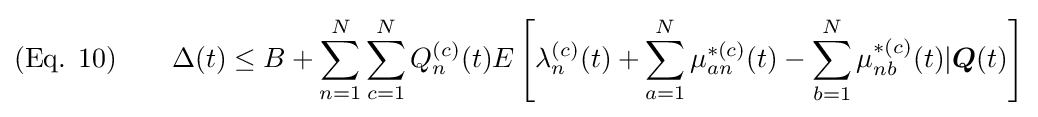
{\text{(Eq. 10)}}\qquad \Delta (t)\leq B+\sum _{n=1}^{N}\sum _{c=1}^{N}Q_{n}^{(c)}(t)E\left[\lambda _{n}^{(c)}(t)+\sum _{a=1}^{N}\mu _{an}^{*(c)}(t)-\sum _{b=1}^{N}\mu _{nb}^{*(c)}(t)|{\boldsymbol {Q}}(t)\right]